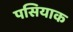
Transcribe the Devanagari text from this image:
पसियाक